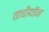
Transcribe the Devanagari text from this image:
ताचीयॉन